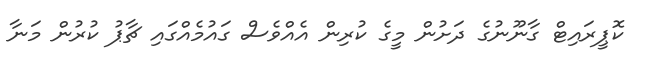
ކޮޕީރައިޓް ގާނޫނުގެ ދަށުން މީގެ ކުރިން އެއްވެސް ގައުމެއްގައި ޗާޕު ކުރުން މަނާ